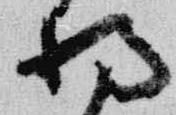
将